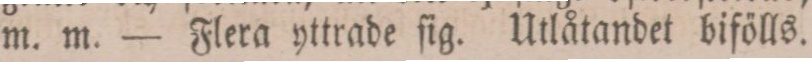
m. m. — Flera yttrade ſig. Utlåtandet bifölls.